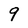
Character: 9